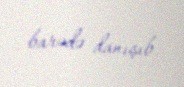
barədə danışıb.